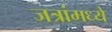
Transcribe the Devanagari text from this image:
जत्रांमध्ये